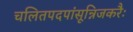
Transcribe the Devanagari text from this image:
चलितपदपांसून्निजकरैः